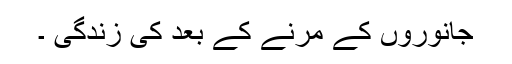
جانوروں کے مرنے کے بعد کی زندگی ۔